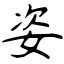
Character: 姿